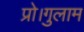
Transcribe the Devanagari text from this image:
प्रो।गुलाम